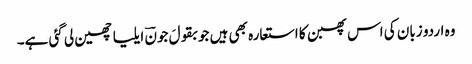
وہ اردو زبان کی اس پھبن کا استعارہ بھی ہیں جو بقولَ جونؔ ایلیا چھین لی گئی ہے۔